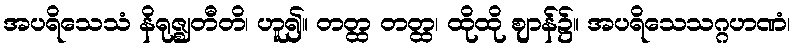
အပရိသေသံ နိရုဇ္ဈတီတိ၊ ဟူ၍။ တတ္ထ တတ္ထ၊ ထိုထို ဈာန်၌။ အပရိသေသဂ္ဂဟဏံ၊